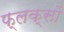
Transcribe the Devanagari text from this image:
फ्लक्सों